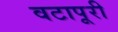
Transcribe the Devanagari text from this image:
वटापूरी